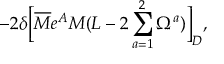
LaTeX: - 2 \delta \Bigl [ \overline { { M } } e ^ { A } M ( L - 2 \sum _ { a = 1 } ^ { 2 } { \Omega ^ { a } } ) \Bigr ] _ { D } ,